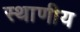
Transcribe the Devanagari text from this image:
स्थाणीय